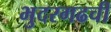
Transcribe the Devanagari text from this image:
भुदरगढची